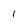
Character: l